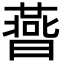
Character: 𣋅